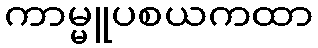
ကာမ္မူပစယကထာ